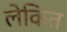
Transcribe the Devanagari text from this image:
लेकिंत